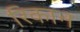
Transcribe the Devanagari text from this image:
रिकान